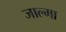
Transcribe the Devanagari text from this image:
जाल्मा